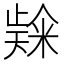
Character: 𮇬